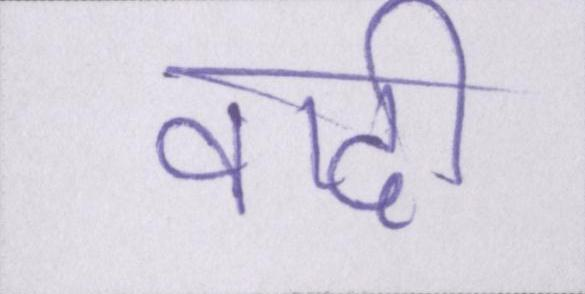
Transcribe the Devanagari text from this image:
वादी